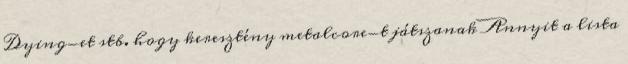
Dying-et stb. hogy keresztény metalcore-t játszanak Annyit a lista